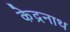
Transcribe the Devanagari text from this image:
केद्रनाथ